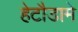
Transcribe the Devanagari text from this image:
हेटौडामे